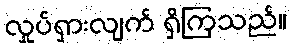
လှုပ်ရှားလျက် ရှိကြသည်။